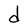
Character: d